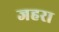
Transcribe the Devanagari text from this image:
जहरा